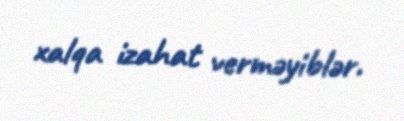
xalqa izahat verməyiblər.